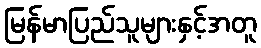
မြန်မာပြည်သူများနှင့်အတူ